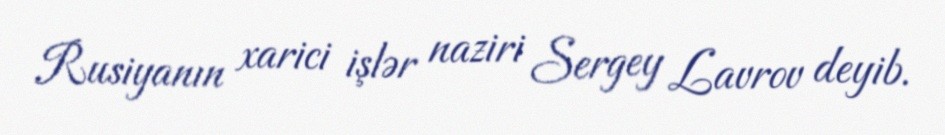
Rusiyanın xarici işlər naziri Sergey Lavrov deyib.